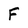
Character: F